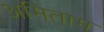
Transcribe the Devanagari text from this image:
अमिताम